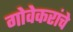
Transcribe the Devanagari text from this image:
गोवेकरांचे